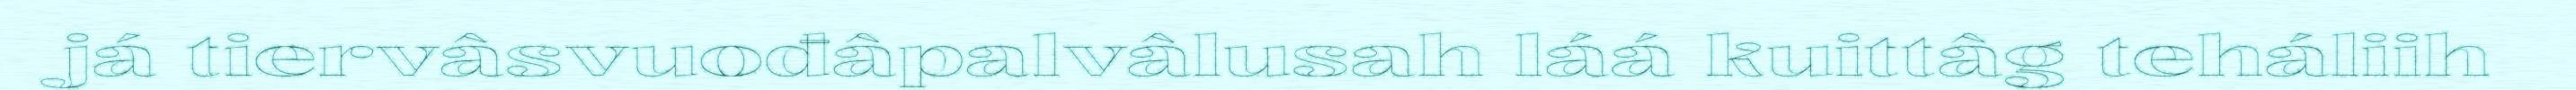
já tiervâsvuođâpalvâlusah láá kuittâg teháliih